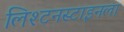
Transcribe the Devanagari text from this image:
लिश्टनस्टाइनला